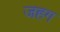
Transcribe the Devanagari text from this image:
जहग